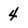
Character: 4